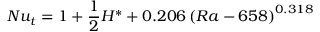
N u _ { t } = 1 + \frac { 1 } { 2 } H ^ { * } + 0 . 2 0 6 \left( R a - 6 5 8 \right) ^ { 0 . 3 1 8 }